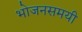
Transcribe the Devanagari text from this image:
भोजनसमयी